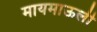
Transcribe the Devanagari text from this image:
मायमाऊली